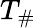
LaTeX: T_{\# }